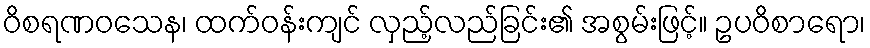
ဝိစရဏဝသေန၊ ထက်ဝန်းကျင် လှည့်လည်ခြင်း၏ အစွမ်းဖြင့်။ ဥပဝိစာရော၊